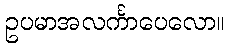
ဥပမာအလင်္ကာပေလော။